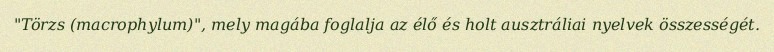
"Törzs (macrophylum)", mely magába foglalja az élő és holt ausztráliai nyelvek összességét.